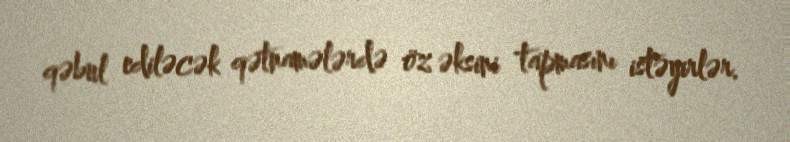
qəbul ediləcək qətnamələrdə öz əksini tapmasını istəyirlər.